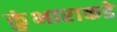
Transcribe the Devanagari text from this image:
कुंभाराकडे